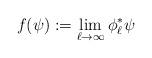
LaTeX: \begin{align*}f(\psi):=\lim_{\ell\to\infty} \phi_\ell^*\psi\end{align*}